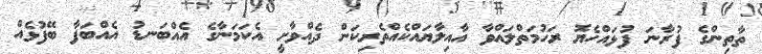
ތާތިންގެ ފުރާނަ ފުޅައްހެޔޮ ރަހުމަތްލައްވާ އާއިލާޔައްކެއްތެރިކަން ދެއްވާށީ އެކަމަނާގެ އެއްބަނޑު އެއްބަފާ ބޭފުޅެއް